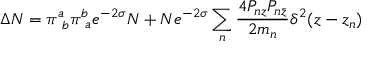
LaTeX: \Delta N = \pi _ { \ b } ^ { a } \pi _ { \ a } ^ { b } e ^ { - 2 \sigma } N + N e ^ { - 2 \sigma } \sum _ { n } \frac { 4 P _ { n z } P _ { n \bar { z } } } { 2 m _ { n } } \delta ^ { 2 } ( z - z _ { n } )